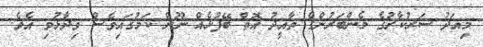
މިއަދު ސަރުކާރުގެ މެންބަރުންގެ ތާއީދު އޮތް ބޭފުޅެއް ނޫން ކަމުގައިވެސް ވިދާޅުވި އެވެ.